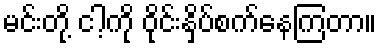
မင်းတို့ ငါ့ကို ဝိုင်းနှိပ်စက်နေကြတာ။